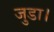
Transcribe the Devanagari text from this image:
जुडा।